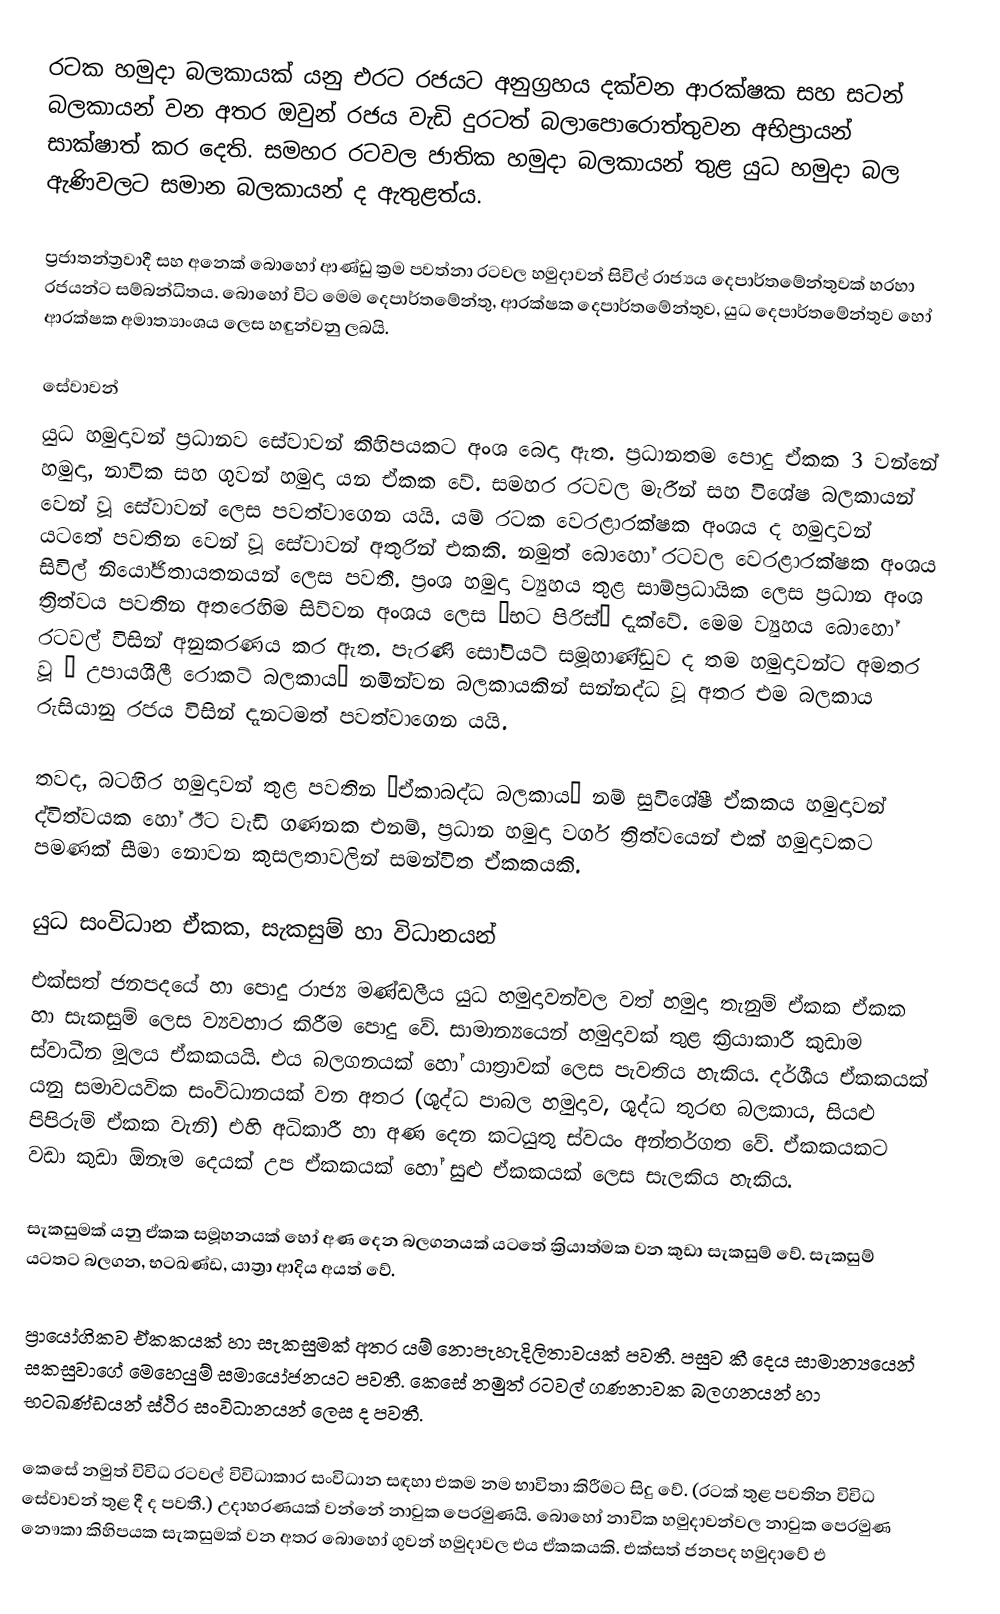
රටක හමුදා බලකායක් යනු එරට රජයට අනුග්‍රහය දක්වන ආරක්ෂක සහ සටන් බලකායන් වන අතර  ඔවුන් රජය වැඩි දුරටත් බලාපොරොත්තුවන අභිප්‍රායන් සාක්ෂාත් කර දෙති. සමහර රටවල ජාතික හමුදා බලකායන් තුළ යුධ හමුදා බල ඇණිවලට සම‍ාන බලකායන් ද ඇතුළත්ය.

ප්‍රජාතන්ත්‍රවාදී සහ අනෙක් බොහෝ ආණ්ඩු ක්‍රම පවත්නා රටවල හමුදාවන් සිවිල් රාජ්‍යය දෙපාර්තමේන්තුවක් හරහා රජයන්‍ට සම්බන්ධිතය. බොහෝ විට මෙම දෙපාර්තමේන්තු, ආරක්ෂක දෙපාර්තමේන්තුව, යුධ දෙපාර්තමේන්තුව හෝ ආරක්ෂක අමාත්‍යාංශය ලෙස හඳුන්වනු ලබයි.

සේවාවන්
යුධ හමුදාවන් ප්‍රධානව සේවාවන් කිහිපයකට අංශ බෙදා ඇත. ප්‍රධානතම පොදු ඒකක 3 වන්නේ හමුදා, නාවික සහ ගුවන් හමුදා යන ඒකක වේ. සමහර  රටවල මැරීන් සහ විශේෂ බලකායන් වෙන් වූ සේවාවන් ලෙස පවත්වාගෙන යයි. යම් රටක වෙරළාරක්ෂක අංශය ද හමුදාවන් යටතේ පවතින  වෙන් වූ සේවාවන් අතුරින් එකකි. නමුත් බොහෝ රටවල වෙරළාරක්ෂක අංශය සිවිල් නියෝජිතායතනයන් ලෙස පවතී. ප්‍රංශ හමුදා ව්‍යුහය තුළ සාම්ප්‍රධායික ලෙස ප්‍රධාන අංශ ත්‍රිත්වය පවතින අතරෙහිම සිව්වන අංශය ලෙස “භට පිරිස්” දැක්වේ. මෙම ව්‍යුහය බොහෝ රටවල් විසින් අනුකරණය කර ඇත‍‍. පැරණි සෝවියට් සමූහාණ්ඩුව ද තම හමුදාවන්ට අමතර වූ “ උපායශීලී රොකට් බලකාය” නමින්වන බලකායකින් සන්නද්ධ වූ අතර එම බලකාය රුසියානු රජය විසින් දැනටමත් පවත්වාගෙන යයි.

තවද, බටහිර හමුදාවන් තුළ පවතින “ඒකාබද්ධ බලකාය” නම් සුවිශේෂී ඒකකය හමුදාවන් ද්විත්වයක හෝ ඊට වැඩි ගණනක එනම්, ප්‍රධාන හමුදා වර්ග ත්‍රිත්වයෙන් එක් හමුදාවකට පමණක් සීමා නොවන කුසලතාවලින් සමන්විත ඒකකයකි.

යුධ සංවිධාන ඒකක, සැකසුම් හා විධානයන්
එක්සත් ජනපදයේ හා පොදු රාජ්‍ය මණ්ඩලීය යුධ හමුදාවන්වල වත් හමුදා තැනුම් ඒකක ඒකක හා සැකසුම් ලෙස ව්‍යවහාර කිරීම පොදු වේ. සාමාන්‍යයෙන් හමුදාවක් තුළ ක්‍රියාකාරී කුඩාම ස්වාධීන මූලය ඒකකයයි. එය බලගනයක් හෝ යාත්‍රාවක් ලෙස පැවතිය හැකිය. දර්ශීය ඒකකයක් යනු සමාවයවික සංවිධානයක් වන අතර (ශුද්ධ පාබල හමුදාව, ශුද්ධ තුරඟ බලකාය, සියළු පිපිරුම් ඒකක වැනි) එහි අධිකාරී හා අණ දෙන කටයුතු ස්වයං අන්තර්ගත වේ. ඒකකයකට වඩා කුඩා ඕනෑම දෙයක් උප ඒකකයක් හෝ සුළු ඒකකයක් ලෙස සැලකිය හැකිය.

සැකසුමක් යනු ඒකක සමූහනයක් හෝ අණ දෙන බලගනයක් යටතේ ක්‍රියාත්මක වන කුඩා සැකසුම් වේ. සැකසුම් යටතට බලගන, භටඛණ්ඩ, යාත්‍රා ආදිය අයත් වේ.

ප්‍රායෝගිකව ඒකකයක් හා සැකසුමක් අතර යම් නොපැහැදිලිතාවයක් පවතී. පසුව කී දෙය සාමාන්‍යයෙන් සකසුවාගේ මෙහෙයුම් සමායෝජනයට පවතී. කෙසේ නමුත් රටවල් ගණනාවක බලගනයන් හා භටඛණ්ඩයන් ස්ථිර සංවිධානයන් ලෙස ද පවතී.

කෙසේ නමුත් විවිධ රටවල් විවිධාකාර සංවිධාන සඳහා එකම නම භාවිතා කිරීමට සිදු වේ. (රටක් තුළ පවතින විවිධ සේවාවන් තුළ දී ද පවතී.) උදාහරණයක් වන්නේ නාවුක පෙරමුණයි. බොහෝ නාවික හමුදාවන්වල නාවුක පෙරමුණ නෞකා කිහිපයක සැකසුමක් වන අතර බොහෝ ගුවන් හමුදාවල එය ඒකකයකි. එක්සත් ජනපද හමුදාවේ එ